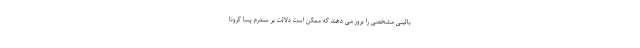
بالینی مشخصی را بروز می دهند که ممکن است دلالت بر سندرم پسا کرونا